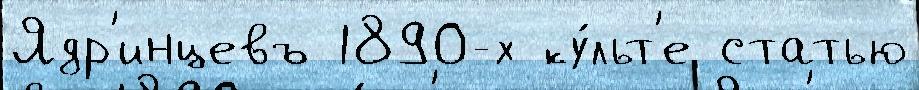
Ядр'инцевъ 1890-х ку́льт'е статью